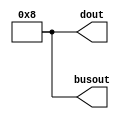
module assigned(dout,busout);
	//input clk;
	output reg[7:0] dout;
	output reg[7:0] busout;
	
	initial
	begin
		dout<=8'b00001000;
		busout<=8'b00001000;
		
	end
	
endmodule